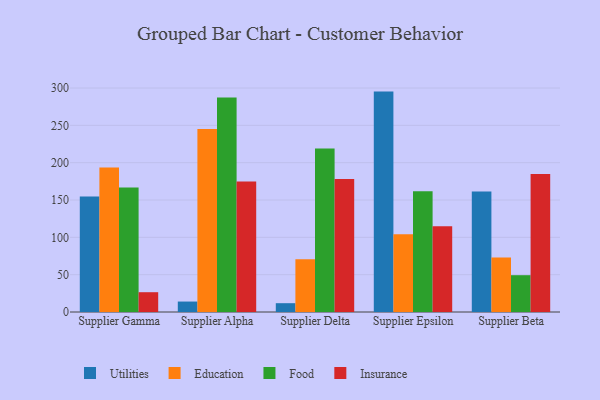
{"axis": {"x": "Supplier", "y": "Satisfaction Score"}, "legend": ["Education", "Food", "Insurance", "Utilities"], "data": [{"x": "Supplier Gamma", "y": 154.6, "type": "Utilities"}, {"x": "Supplier Gamma", "y": 193.7, "type": "Education"}, {"x": "Supplier Gamma", "y": 166.9, "type": "Food"}, {"x": "Supplier Gamma", "y": 26.5, "type": "Insurance"}, {"x": "Supplier Alpha", "y": 14.0, "type": "Utilities"}, {"x": "Supplier Alpha", "y": 245.2, "type": "Education"}, {"x": "Supplier Alpha", "y": 287.2, "type": "Food"}, {"x": "Supplier Alpha", "y": 174.8, "type": "Insurance"}, {"x": "Supplier Delta", "y": 11.8, "type": "Utilities"}, {"x": "Supplier Delta", "y": 70.5, "type": "Education"}, {"x": "Supplier Delta", "y": 219.1, "type": "Food"}, {"x": "Supplier Delta", "y": 178.1, "type": "Insurance"}, {"x": "Supplier Epsilon", "y": 295.2, "type": "Utilities"}, {"x": "Supplier Epsilon", "y": 104.2, "type": "Education"}, {"x": "Supplier Epsilon", "y": 161.7, "type": "Food"}, {"x": "Supplier Epsilon", "y": 115.0, "type": "Insurance"}, {"x": "Supplier Beta", "y": 161.3, "type": "Utilities"}, {"x": "Supplier Beta", "y": 73.0, "type": "Education"}, {"x": "Supplier Beta", "y": 49.3, "type": "Food"}, {"x": "Supplier Beta", "y": 184.7, "type": "Insurance"}]}